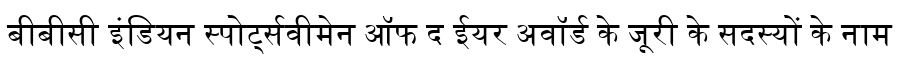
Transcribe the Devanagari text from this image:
बीबीसी इंडियन स्पोर्ट्सवीमेन ऑफ द ईयर अवॉर्ड के जूरी के सदस्यों के नाम